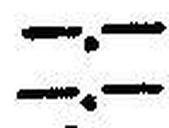
—.—